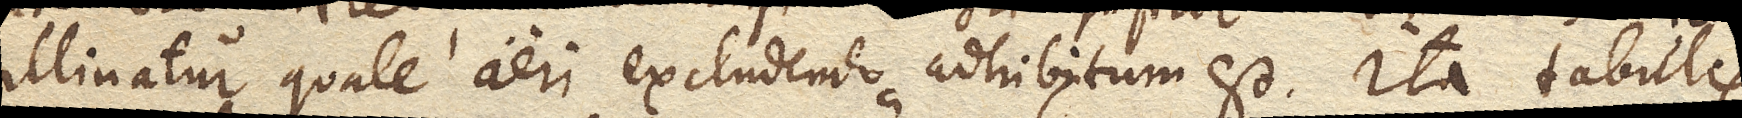
illinatur quale aeri excludendo adhibitum est, ita tabulis